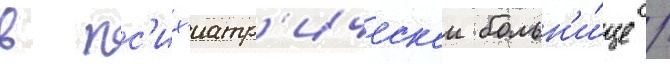
в пс'их'иатр'ическои больн'и́це /